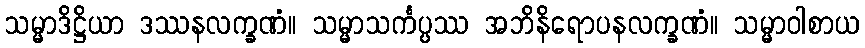
သမ္မာဒိဋ္ဌိယာ ဒဿနလက္ခဏံ။ သမ္မာသင်္ကပ္ပဿ အဘိနိရောပနလက္ခဏံ။ သမ္မာဝါစာယ